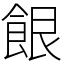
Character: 䬶